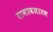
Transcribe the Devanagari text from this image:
रामावतारम